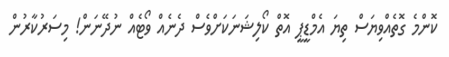
ކޮންމެ ގޮތެއްވިޔަސް ތިޔަ އެމްޑީޕީ އޮތް ކޯލިޝަނަކަށްވެސް ދެނެއް ވޯޓެއް ނުދޭނަން! މިސަރުކާރުން